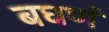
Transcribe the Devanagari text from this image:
बघणं